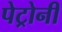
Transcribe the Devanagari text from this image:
पेट्रोनी